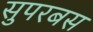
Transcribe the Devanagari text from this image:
सुपरबस